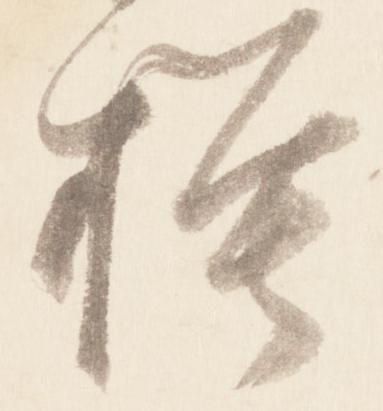
摸